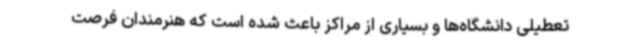
تعطیلی دانشگاه‌ها و بسیاری از مراکز باعث شده است که هنرمندان فرصت